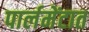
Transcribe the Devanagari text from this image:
पार्लमेंटात